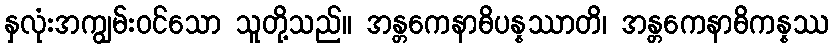
နှလုံးအကျွမ်းဝင်သော သူတို့သည်။ အန္တကေနာဓိပန္နဿာတိ၊ အန္တကေနာဓိကန္နဿ